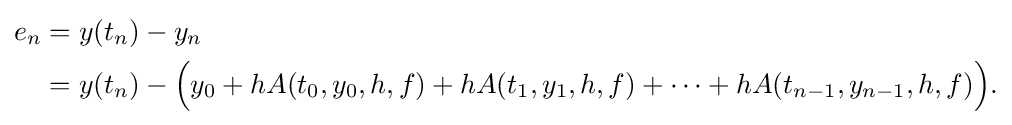
{\begin{aligned}e_{n}&=y(t_{n})-y_{n}\\&=y(t_{n})-{\Big (}y_{0}+hA(t_{0},y_{0},h,f)+hA(t_{1},y_{1},h,f)+\cdots +hA(t_{n-1},y_{n-1},h,f){\Big )}.\end{aligned}}